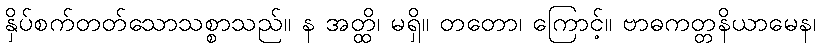
နှိပ်စက်တတ်သောသစ္စာသည်။ န အတ္ထိ၊ မရှိ။ တတော၊ ကြောင့်။ ဗာဓကတ္တနိယာမေန၊